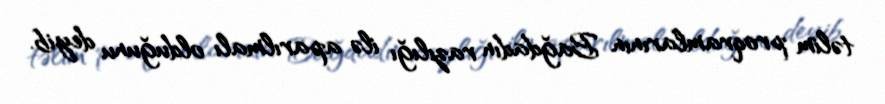
təlim proqramlarının Bağdadın razılığı ilə aparılmalı olduğunu deyib.